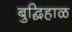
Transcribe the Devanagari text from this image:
बुद्घिहाळ